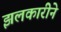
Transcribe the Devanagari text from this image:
झलकारीने